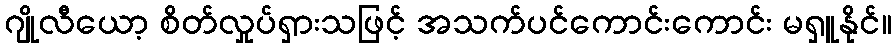
ဂျိုလီယော့ စိတ်လှုပ်ရှားသဖြင့် အသက်ပင်ကောင်းကောင်း မရှူနိုင်။